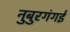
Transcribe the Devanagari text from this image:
नुबुरगंगई